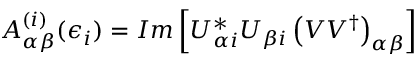
A _ { \alpha \beta } ^ { ( i ) } ( \epsilon _ { i } ) = I m \left[ U _ { \alpha i } ^ { \ast } U _ { \beta i } \left( V V ^ { \dagger } \right) _ { \alpha \beta } \right]